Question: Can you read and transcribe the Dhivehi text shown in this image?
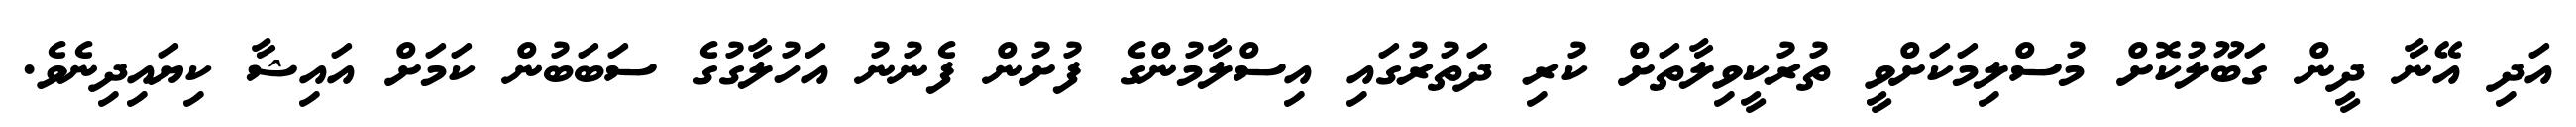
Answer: އަދި އޭނާ ދީން ގަބޫލުކޮށް މުސްލިމަކަށްވީ ތުރުކީވިލާތަށް ކުރި ދަތުރުގައި އިސްލާމުންގެ ފުށުން ފެނުނު އަހުލާގުގެ ސަބަބުން ކަމަށް އައިޝާ ކިޔައިދިނެވެ.